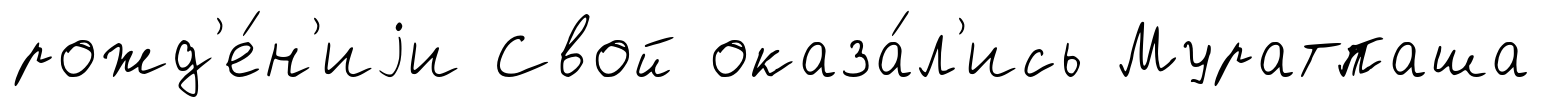
рожд'е́н'иjи Свой оказа́л'ись Муратпаша